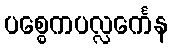
ပစ္စေကပလ္လင်္ကေန